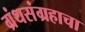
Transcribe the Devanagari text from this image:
ग्रंथसंग्रहाचा